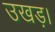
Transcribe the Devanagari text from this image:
उखड़।